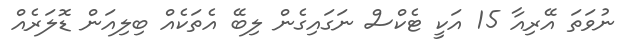
ނުވަތަ އޭރިއާ 15 އަކީ ޓެކްސް ނަގައިގެން ލިބޭ އެތަކެއް ބިލިއަން ޑޮލަރެއް